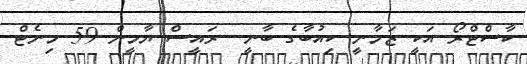
ކާސްޓްރޯ އަކީ ޒަމާނީ ކިއުބާގެ ބާނީ  ރައީސް ޔާމީން 59 މިނެޓް